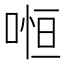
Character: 𠷐